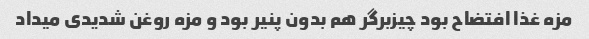
مزه غذا افتضاح بود چیزبرگر هم بدون پنیر بود و مزه روغن شدیدی میداد